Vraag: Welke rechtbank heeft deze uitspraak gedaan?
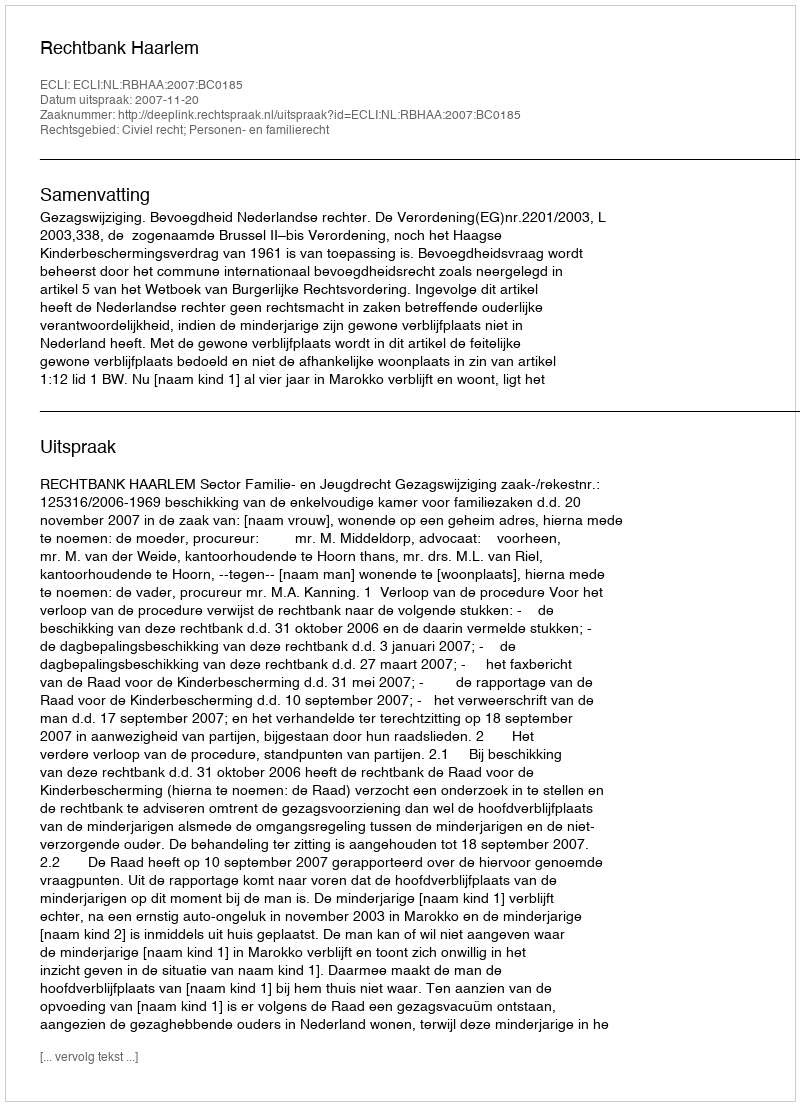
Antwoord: Rechtbank Haarlem